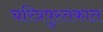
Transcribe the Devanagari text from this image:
चरित्रपुस्तकात